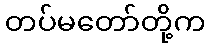
တပ်မတော်တို့က